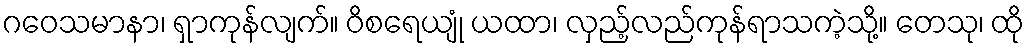
ဂဝေသမာနာ၊ ရှာကုန်လျက်။ ဝိစရေယျုံ ယထာ၊ လှည့်လည်ကုန်ရာသကဲ့သို့။ တေသု၊ ထို